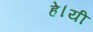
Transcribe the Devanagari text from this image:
हे।यी